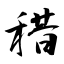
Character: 稓